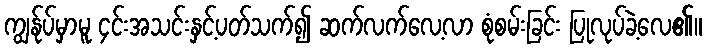
ကျွန်ုပ်မှာမူ ၄င်းအသင်းနှင့်ပတ်သက်၍ ဆက်လက်လေ့လာ စုံစမ်းခြင်း ပြုလုပ်ခဲ့လေ၏။